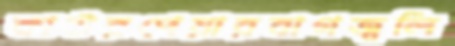
কাউরপেয়ারবাগজ্বলি